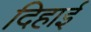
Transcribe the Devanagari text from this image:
दिहाई